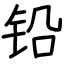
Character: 铅